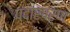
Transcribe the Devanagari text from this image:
पदार्पर्ण